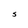
Character: S